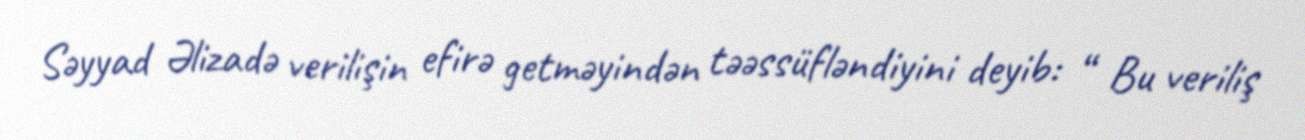
Səyyad Əlizadə verilişin efirə getməyindən təəssüfləndiyini deyib: “ Bu veriliş